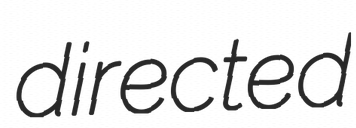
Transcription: directed